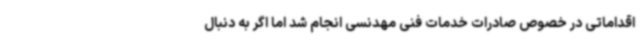
اقداماتی در خصوص صادرات خدمات فنی مهدنسی انجام شد اما اگر به دنبال